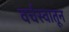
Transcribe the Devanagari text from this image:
वर्चस्वातून